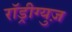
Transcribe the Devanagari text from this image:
राॅड्रीग्युज़